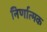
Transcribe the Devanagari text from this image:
निर्णात्मक